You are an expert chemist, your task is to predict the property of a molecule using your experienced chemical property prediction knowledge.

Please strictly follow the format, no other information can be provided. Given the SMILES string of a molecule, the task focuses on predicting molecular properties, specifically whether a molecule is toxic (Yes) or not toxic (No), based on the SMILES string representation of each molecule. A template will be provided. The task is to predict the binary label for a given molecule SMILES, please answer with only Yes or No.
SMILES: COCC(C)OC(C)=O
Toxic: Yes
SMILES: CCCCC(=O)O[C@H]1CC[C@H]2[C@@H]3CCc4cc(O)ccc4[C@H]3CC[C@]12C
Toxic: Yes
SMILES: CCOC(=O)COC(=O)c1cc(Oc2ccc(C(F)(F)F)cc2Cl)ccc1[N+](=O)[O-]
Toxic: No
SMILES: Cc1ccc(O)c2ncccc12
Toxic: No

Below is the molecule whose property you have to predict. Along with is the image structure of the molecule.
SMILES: CCCCCCCCCCCCCCO
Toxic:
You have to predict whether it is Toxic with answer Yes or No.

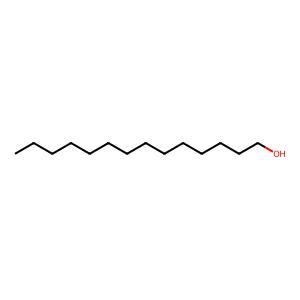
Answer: No